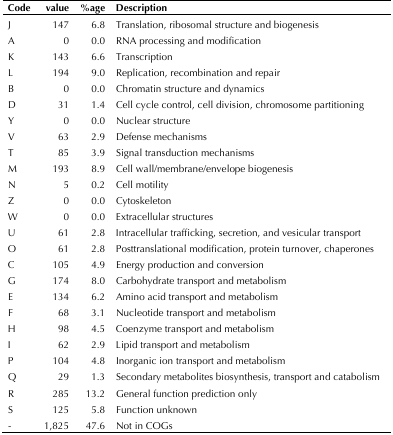
| Code | value | %age | Description |
 | --- | --- | --- | --- |
 | J | 147 | 6.8 | Translation, ribosomal structure and biogenesis |
 | A | 0 | 0.0 | RNA processing and modification |
 | K | 143 | 6.6 | Transcription |
 | L | 194 | 9.0 | Replication, recombination and repair |
 | B | 0 | 0.0 | Chromatin structure and dynamics |
 | D | 31 | 1.4 | Cell cycle control, cell division, chromosome partitioning |
 | Y | 0 | 0.0 | Nuclear structure |
 | V | 63 | 2.9 | Defense mechanisms |
 | T | 85 | 3.9 | Signal transduction mechanisms |
 | M | 193 | 8.9 | Cell wall/membrane/envelope biogenesis |
 | N | 5 | 0.2 | Cell motility |
 | Z | 0 | 0.0 | Cytoskeleton |
 | W | 0 | 0.0 | Extracellular structures |
 | U | 61 | 2.8 | Intracellular trafficking, secretion, and vesicular transport |
 | O | 61 | 2.8 | Posttranslational modification, protein turnover, chaperones |
 | C | 105 | 4.9 | Energy production and conversion |
 | G | 174 | 8.0 | Carbohydrate transport and metabolism |
 | E | 134 | 6.2 | Amino acid transport and metabolism |
 | F | 68 | 3.1 | Nucleotide transport and metabolism |
 | H | 98 | 4.5 | Coenzyme transport and metabolism |
 | I | 62 | 2.9 | Lipid transport and metabolism |
 | P | 104 | 4.8 | Inorganic ion transport and metabolism |
 | Q | 29 | 1.3 | Secondary metabolites biosynthesis, transport and catabolism |
 | R | 285 | 13.2 | General function prediction only |
 | S | 125 | 5.8 | Function unknown |
 | - | 1,825 | 47.6 | Not in COGs |